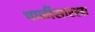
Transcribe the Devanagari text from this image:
थाळीसारखा